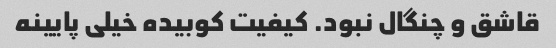
قاشق و چنگال نبود. کیفیت کوبیده خیلی پایینه